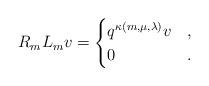
LaTeX: \begin{align*}R_mL_m v = \begin{cases}q^{\kappa(m,\mu,\lambda)} v & ,\\0 & .\end{cases}\end{align*}